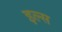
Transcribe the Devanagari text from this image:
इल्स